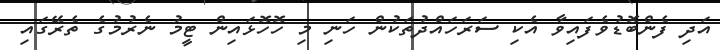
އަދި ފެންބޮޑުވެފައިވާ އެކި ސަރަހައްދުތަކުން ހަނި މި ހޮހޮޅައިން ޓީމު ނެރުމުގެ ތެރޭގައި